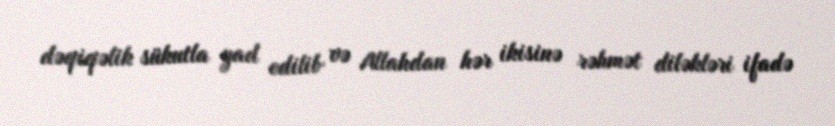
dəqiqəlik sükutla yad edilib və Allahdan hər ikisinə rəhmət diləkləri ifadə